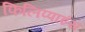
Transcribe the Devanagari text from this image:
फिलिप्पाइंस